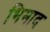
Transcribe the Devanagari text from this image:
भिमाद